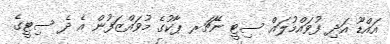
އައްޑޫ އަދި ފުވައްމުލައް ސިޓީ ނޭޗަރ ޕާކުގެ މުވައްޒަފުން އެ ދެ ސިޓީގެ